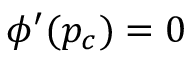
\phi ^ { \prime } ( p _ { c } ) = 0